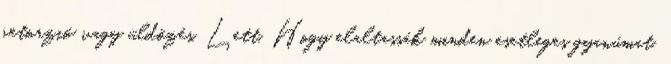
retor­zió vagy üldözés. Lett. Hogy elaltassák minden esetleges gyanú­mat.